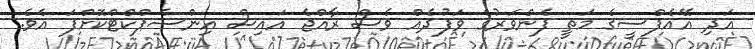
އަދި އޭއެފްސީގެ މަތީ ފެންވަރުގެ ވަފުދެއް ވެސް ރާއްޖެ އައިސް އިންސެޕްކްޓްކޮށްފަ އެވެ.